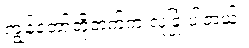
ကျွန်တော်တို့ဘက်က လုံခြုံ ပါတယ်။